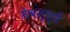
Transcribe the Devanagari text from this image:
सेबस्त्यें